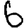
Digit: 6